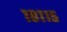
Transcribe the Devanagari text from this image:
१८११५